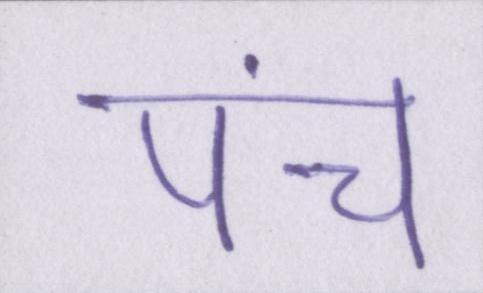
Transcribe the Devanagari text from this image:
पंच